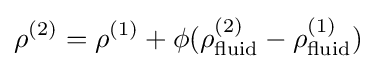
\rho ^{(2)}=\rho ^{(1)}+\phi (\rho _{\mathrm {fluid} }^{(2)}-\rho _{\mathrm {fluid} }^{(1)})